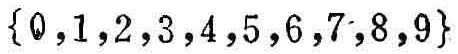
\(\{0,1,2,3,4,5,6,7,8,9\}\)